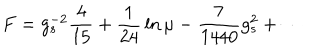
F = g _ { s } ^ { - 2 } { \frac { 4 } { 1 5 } } + { \frac { 1 } { 2 4 } } \ln \mu - { \frac { 7 } { 1 4 4 0 } } { g _ { s } ^ { 2 } } + \cdots